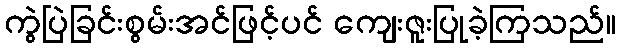
ကွဲပြဲခြင်းစွမ်းအင်ဖြင့်ပင် ကျေးဇူးပြုခဲ့ကြသည်။